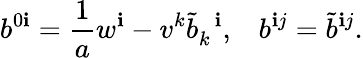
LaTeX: b^{0\mathbf{i}}=\frac{{1}}{{a}}w^{\mathbf{i}}-v^{k}{\tilde{{b}}}_{k}^{\; \; \mathbf{i}},\; \; \; b^{\mathbf{i}j}={\tilde{{b}}}^{\mathbf{i}j}.